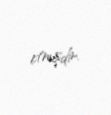
etmişdir.